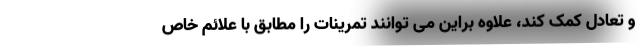
و تعادل کمک کند، علاوه براین می توانند تمرینات را مطابق با علائم خاص